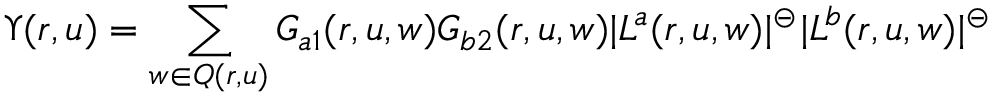
\Upsilon ( r , u ) = \sum _ { w \in Q ( r , u ) } G _ { a 1 } ( r , u , w ) G _ { b 2 } ( r , u , w ) | L ^ { a } ( r , u , w ) | ^ { \circleddash } | L ^ { b } ( r , u , w ) | ^ { \circleddash }